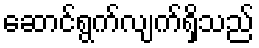
ဆောင်ရွက်လျက်ရှိသည်